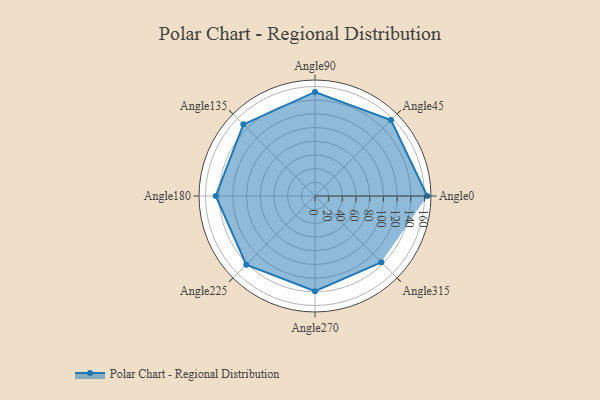
{"axis": {"x": "Angle", "y": "Radius"}, "legend": [""], "data": [{"x": "Angle0", "y": 164.0, "type": ""}, {"x": "Angle45", "y": 157.0, "type": ""}, {"x": "Angle90", "y": 152.0, "type": ""}, {"x": "Angle135", "y": 148.0, "type": ""}, {"x": "Angle180", "y": 145.0, "type": ""}, {"x": "Angle225", "y": 142.0, "type": ""}, {"x": "Angle270", "y": 139.0, "type": ""}, {"x": "Angle315", "y": 137.0, "type": ""}]}